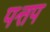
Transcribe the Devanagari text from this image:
पत्तप